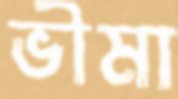
ভীমা